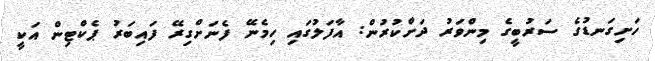
ހަށިގަނޑުގެ ސަރުބީގެ މިންވަރު ދަށްކުރުން: އާފަލުގައި ހިމެނޭ ފެނަށްގިރޭ ފައިބަރު ޕެކްޓިން އަކީ